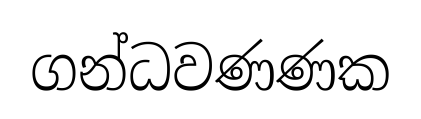
ගන්ධවණණක